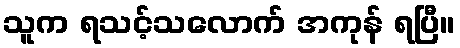
သူက ရသင့်သလောက် အကုန် ရပြီ။